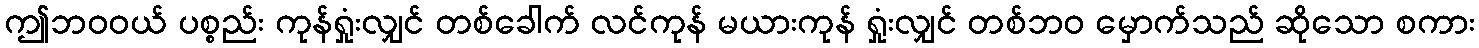
ဤဘဝဝယ် ပစ္စည်း ကုန်ရှုံးလျှင် တစ်ခေါက် လင်ကုန် မယားကုန် ရှုံးလျှင် တစ်ဘဝ မှောက်သည် ဆိုသော စကား